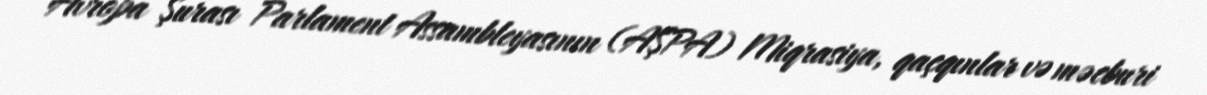
Avropa Şurası Parlament Assambleyasının (AŞPA) Miqrasiya, qaçqınlar və məcburi